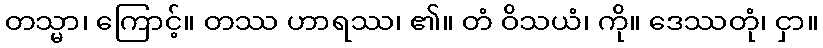
တသ္မာ၊ ကြောင့်။ တဿ ဟာရဿ၊ ၏။ တံ ဝိသယံ၊ ကို။ ဒေဿတုံ၊ ငှာ။